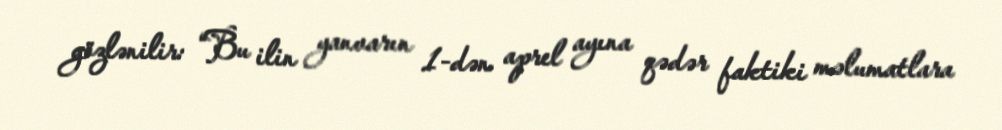
gözlənilir: “Bu ilin yanvarın 1-dən aprel ayına qədər faktiki məlumatlara